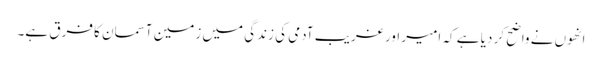
انھوں نے واضح کر دیا ہے کہ امیر اور غریب آدمی کی زندگی میں زمین آسمان کا فرق ہے۔